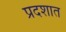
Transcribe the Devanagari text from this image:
प्रदशात